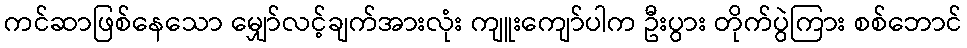
ကင်ဆာဖြစ်နေသော မျှော်လင့်ချက်အားလုံး ကျူးကျော်ပါက ဦးပွား တိုက်ပွဲကြား စစ်ဘောင်